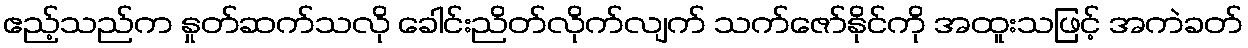
ဧည့်သည်က နှုတ်ဆက်သလို ခေါင်းညိတ်လိုက်လျက် သက်ဇော်နိုင်ကို အထူးသဖြင့် အကဲခတ်